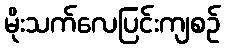
မိုးသက်လေပြင်းကျစဉ်